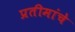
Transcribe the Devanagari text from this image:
प्रतीमांचे